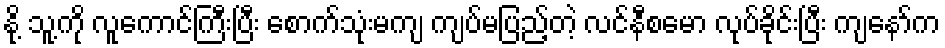
နို့ သူ့ကို လူကောင်ကြီးပြီး စောက်သုံးမကျ ကျပ်မပြည့်တဲ့ လင်နီစမော လုပ်ခိုင်းပြီး ကျနော်က